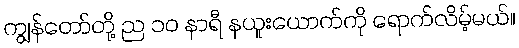
ကျွန်တော်တို့ ည ၁၀ နာရီ နယူးယောက်ကို ရောက်လိမ့်မယ်။